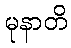
မုနာတိ